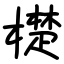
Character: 檚